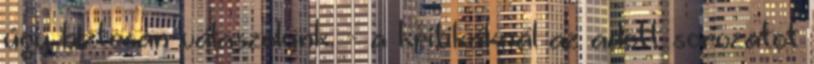
úgy biztosan válaszolunk. - a kritikáknál az adott sorozatot